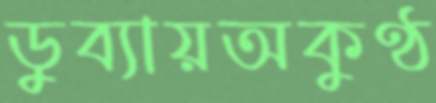
ডুব্যায়অকুণ্ঠ